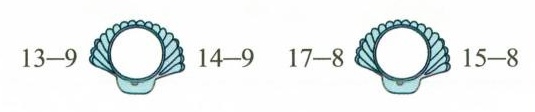
$$13 - 9$$ $$14 - 9$$ $$17 - 8$$ $$15 - 8$$